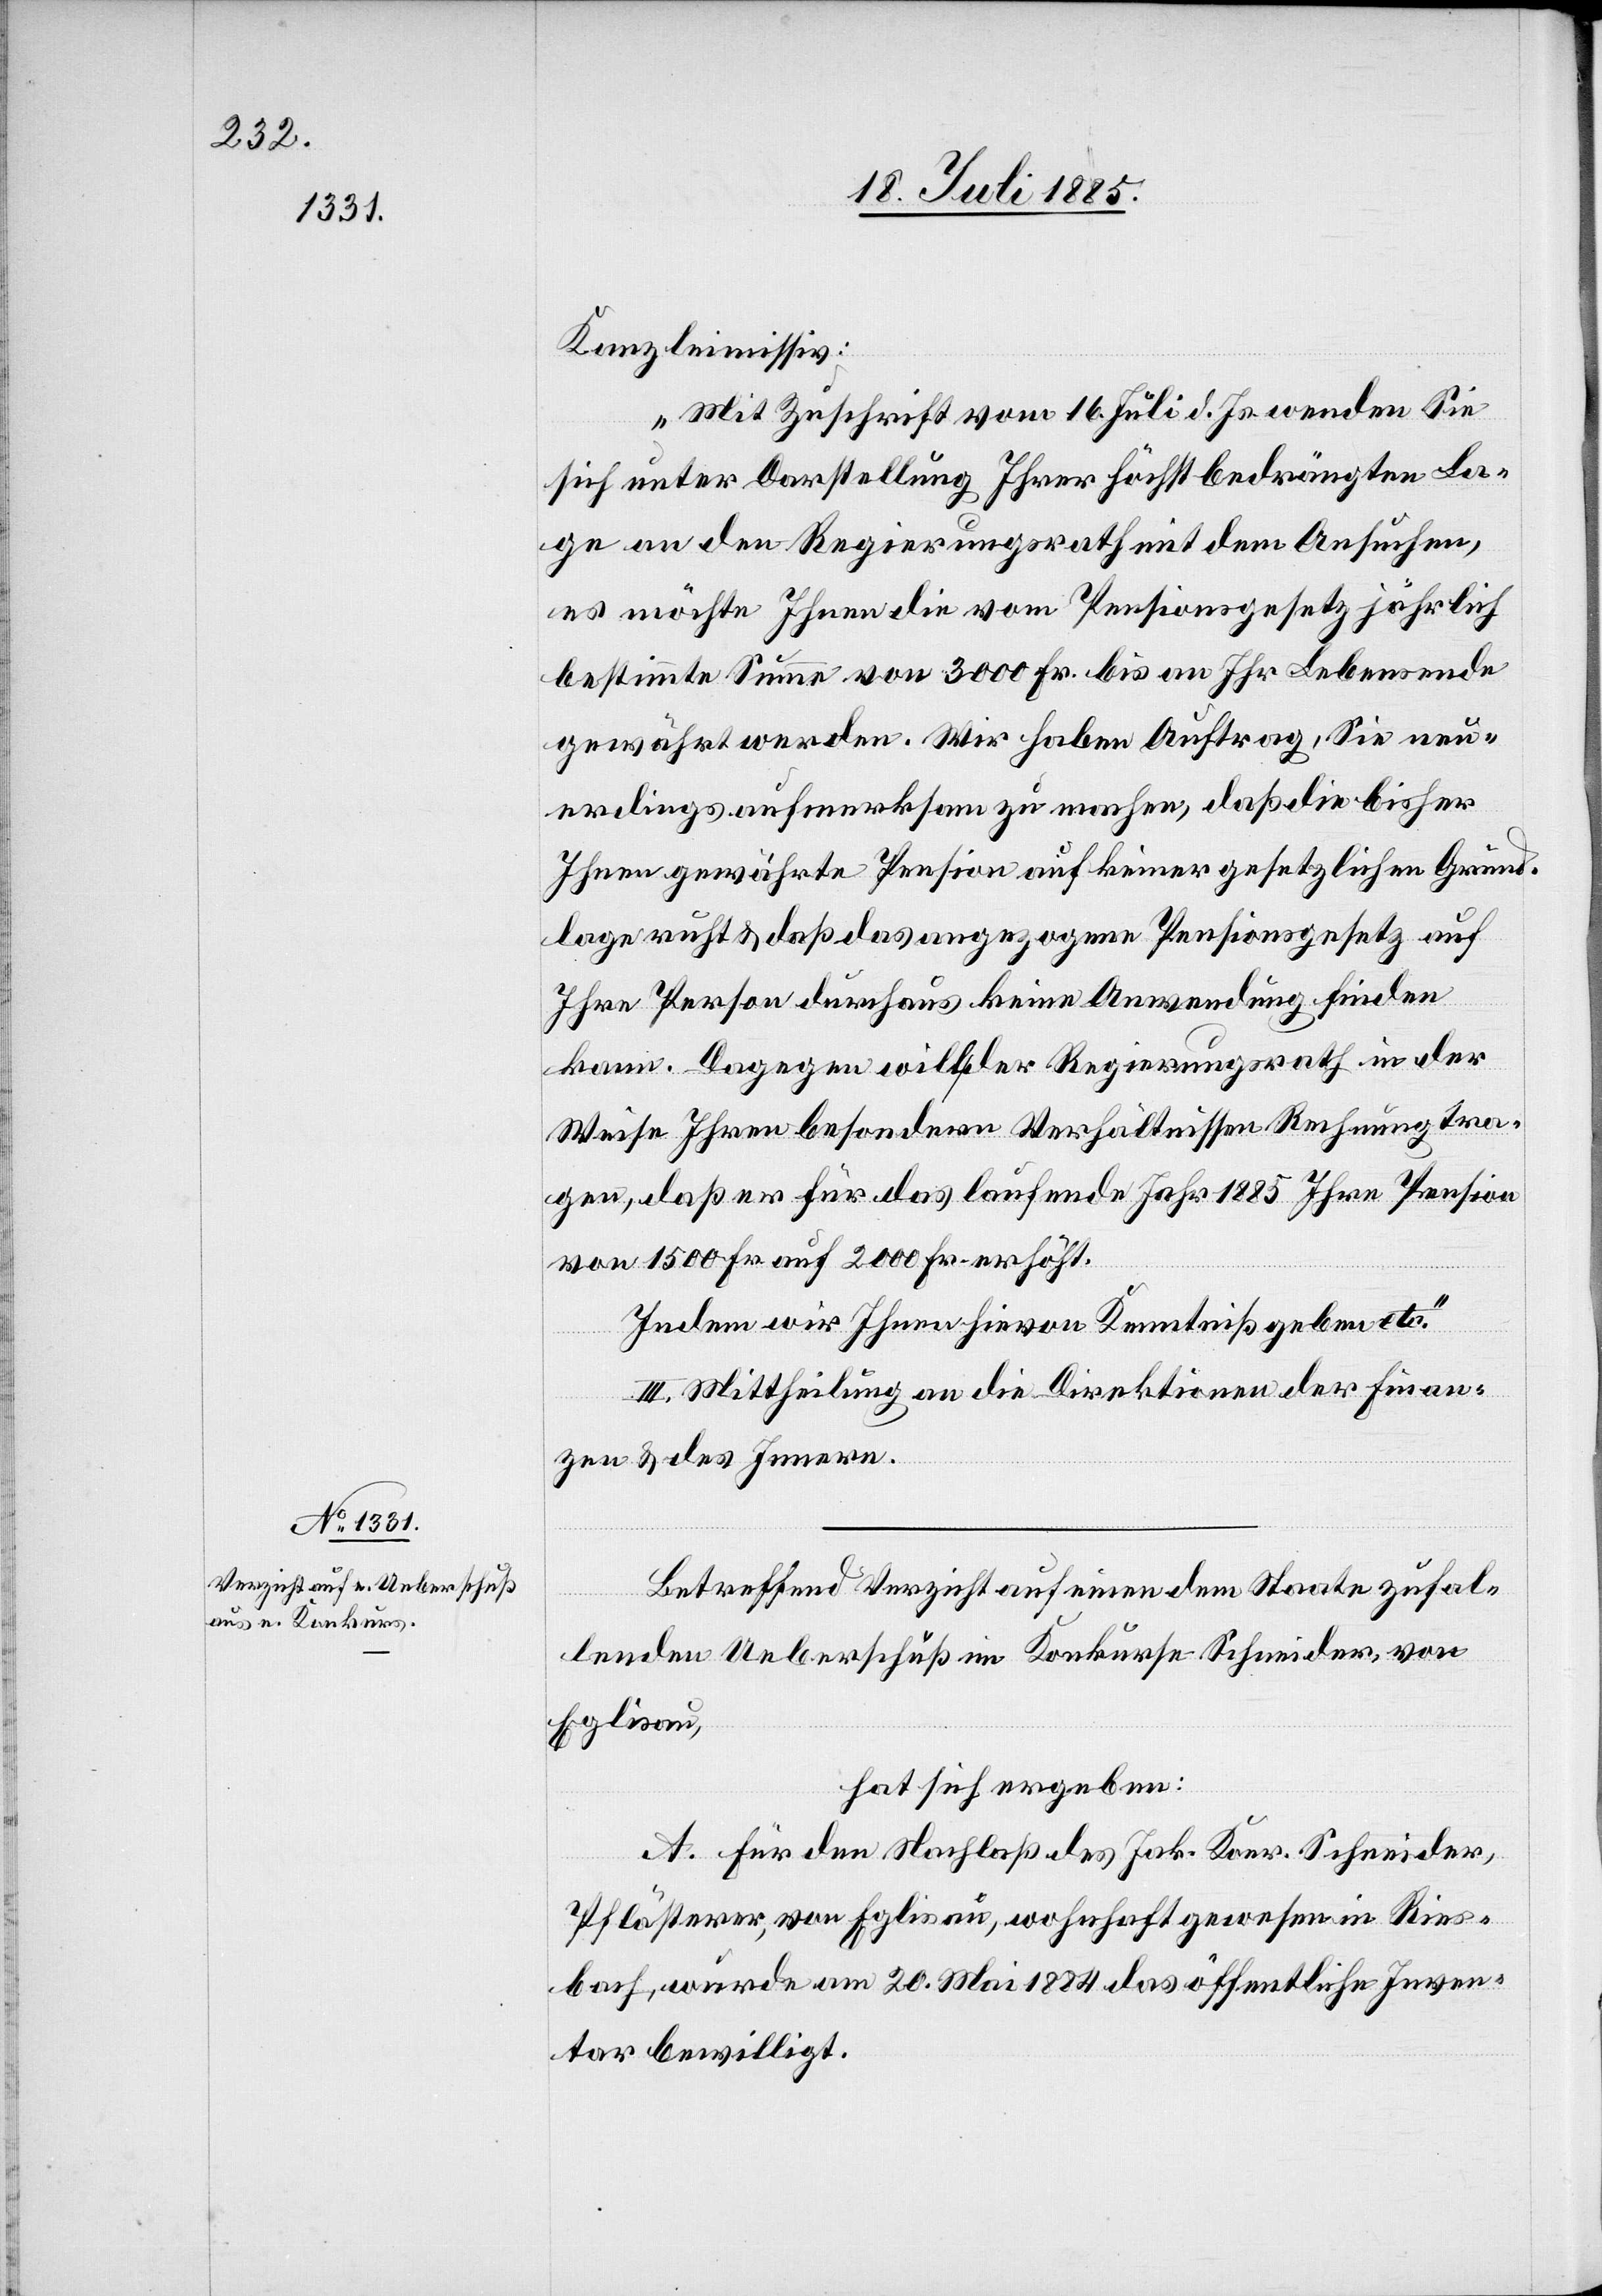
Kanzleimissiv:
„Mit Zuschrift vom 16. Juli d. Js. wenden Sie
sich unter Darstellung Ihrer höchstbedrängen La¬
ge an den Regierungsrath mit dem Ansuchen,
es möchte Ihnen die vom Pensionsgesetz jährlich
bestimmte Summe von 3000 Fr. bis an Ihr Lebensende
gewährt werden. Wir haben Auftrag, Sie neu¬
erdings aufmerksam zu machen, daß die bisher
Ihnen gewährte Pension auf keiner gesetzlichen Grund¬
lage ruht & daß das angezogene Pensionsgesetz auf
Ihre Person durchaus keine Anwendung finden
kann. Dagegen will der Regierungsrath in der
Weise Ihren besondern Verhältnissen Rechnung tra¬
gen, daß er für das laufende Jahr 1885 Ihre Pension
von 1500 Fr. auf 2000 Fr. erhöht.
Indem wir Ihnen hievon Kenntniß geben etc.“
II. Mittheilung an die Direktion der Finan¬
zen & des Innern.
Betreffend Verzicht auf einen dem Staate zufal¬
lenden Ueberschuß im Konkurse Schneider, von
Eglisau,
hat sich ergeben:
A. Für den Nachlaß des Jak. Konr. Schneider,
Pflästerer, von Eglisau, wohnhaft gewesen in Ries¬
bach, wurde am 20. Mai 1884 das öffentliche Inven¬
tar bewilligt.